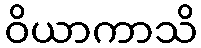
ဝိယာကာသိ